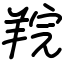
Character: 羦